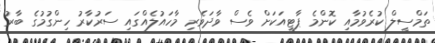
ތަމްސީލް ކުރެވުމާއި ކޮންމެ ޕާޓީއަކަށް ވެސް ވާދަވެރި މާހައުލެއްގައި ސަރުކާރު ހިންގުމުގެ ބާރު